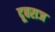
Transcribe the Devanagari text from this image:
दूबराज